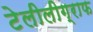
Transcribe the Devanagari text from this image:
टेलीलीग्राफ